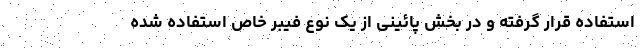
استفاده قرار گرفته و در بخش پائینی از یک نوع فیبر خاص استفاده شده